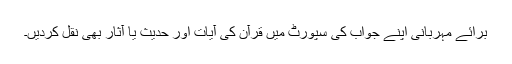
برائے مہربانی اپنے جواب کی سپورٹ میں قرآن کی آیات اور حدیث یا آثار بھی نقل کردیں۔